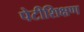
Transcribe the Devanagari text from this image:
पेटीशिक्षण